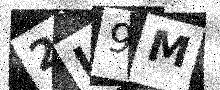
Text: 2L9M